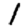
Digit: 1